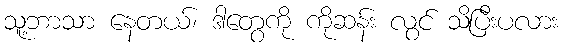
သူ့ဘာသာ နေတယ်၊ ဒါတွေကို ကိုဆန်း လွင် သိပြီးပလား